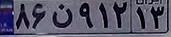
۸۶ن۹۱۲۱۳